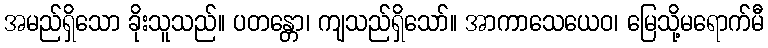
အမည်ရှိသော ခိုးသူသည်။ ပတန္တော၊ ကျသည်ရှိသော်။ အာကာသေယေဝ၊ မြေသို့မရောက်မီ